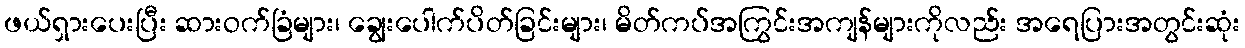
ဖယ်ရှားပေးပြီး ဆားဝက်ခြံများ၊ ချွေးပေါက်ပိတ်ခြင်းများ၊ မိတ်ကပ်အကြွင်းအကျန်များကိုလည်း အရေပြားအတွင်းဆုံး